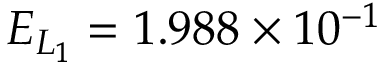
E _ { L _ { 1 } } = 1 . 9 8 8 \times 1 0 ^ { - 1 }